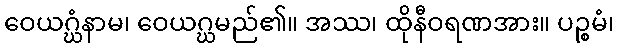
ဝေယဂ္ဃံနာမ၊ ဝေယဂ္ဃမည်၏။ အဿ၊ ထိုနီဝရဏအား။ ပဉ္စမံ၊